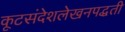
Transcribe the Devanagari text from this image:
कूटसंदेशलेखनपद्धती